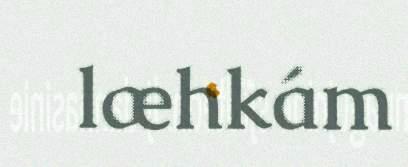
læhkám